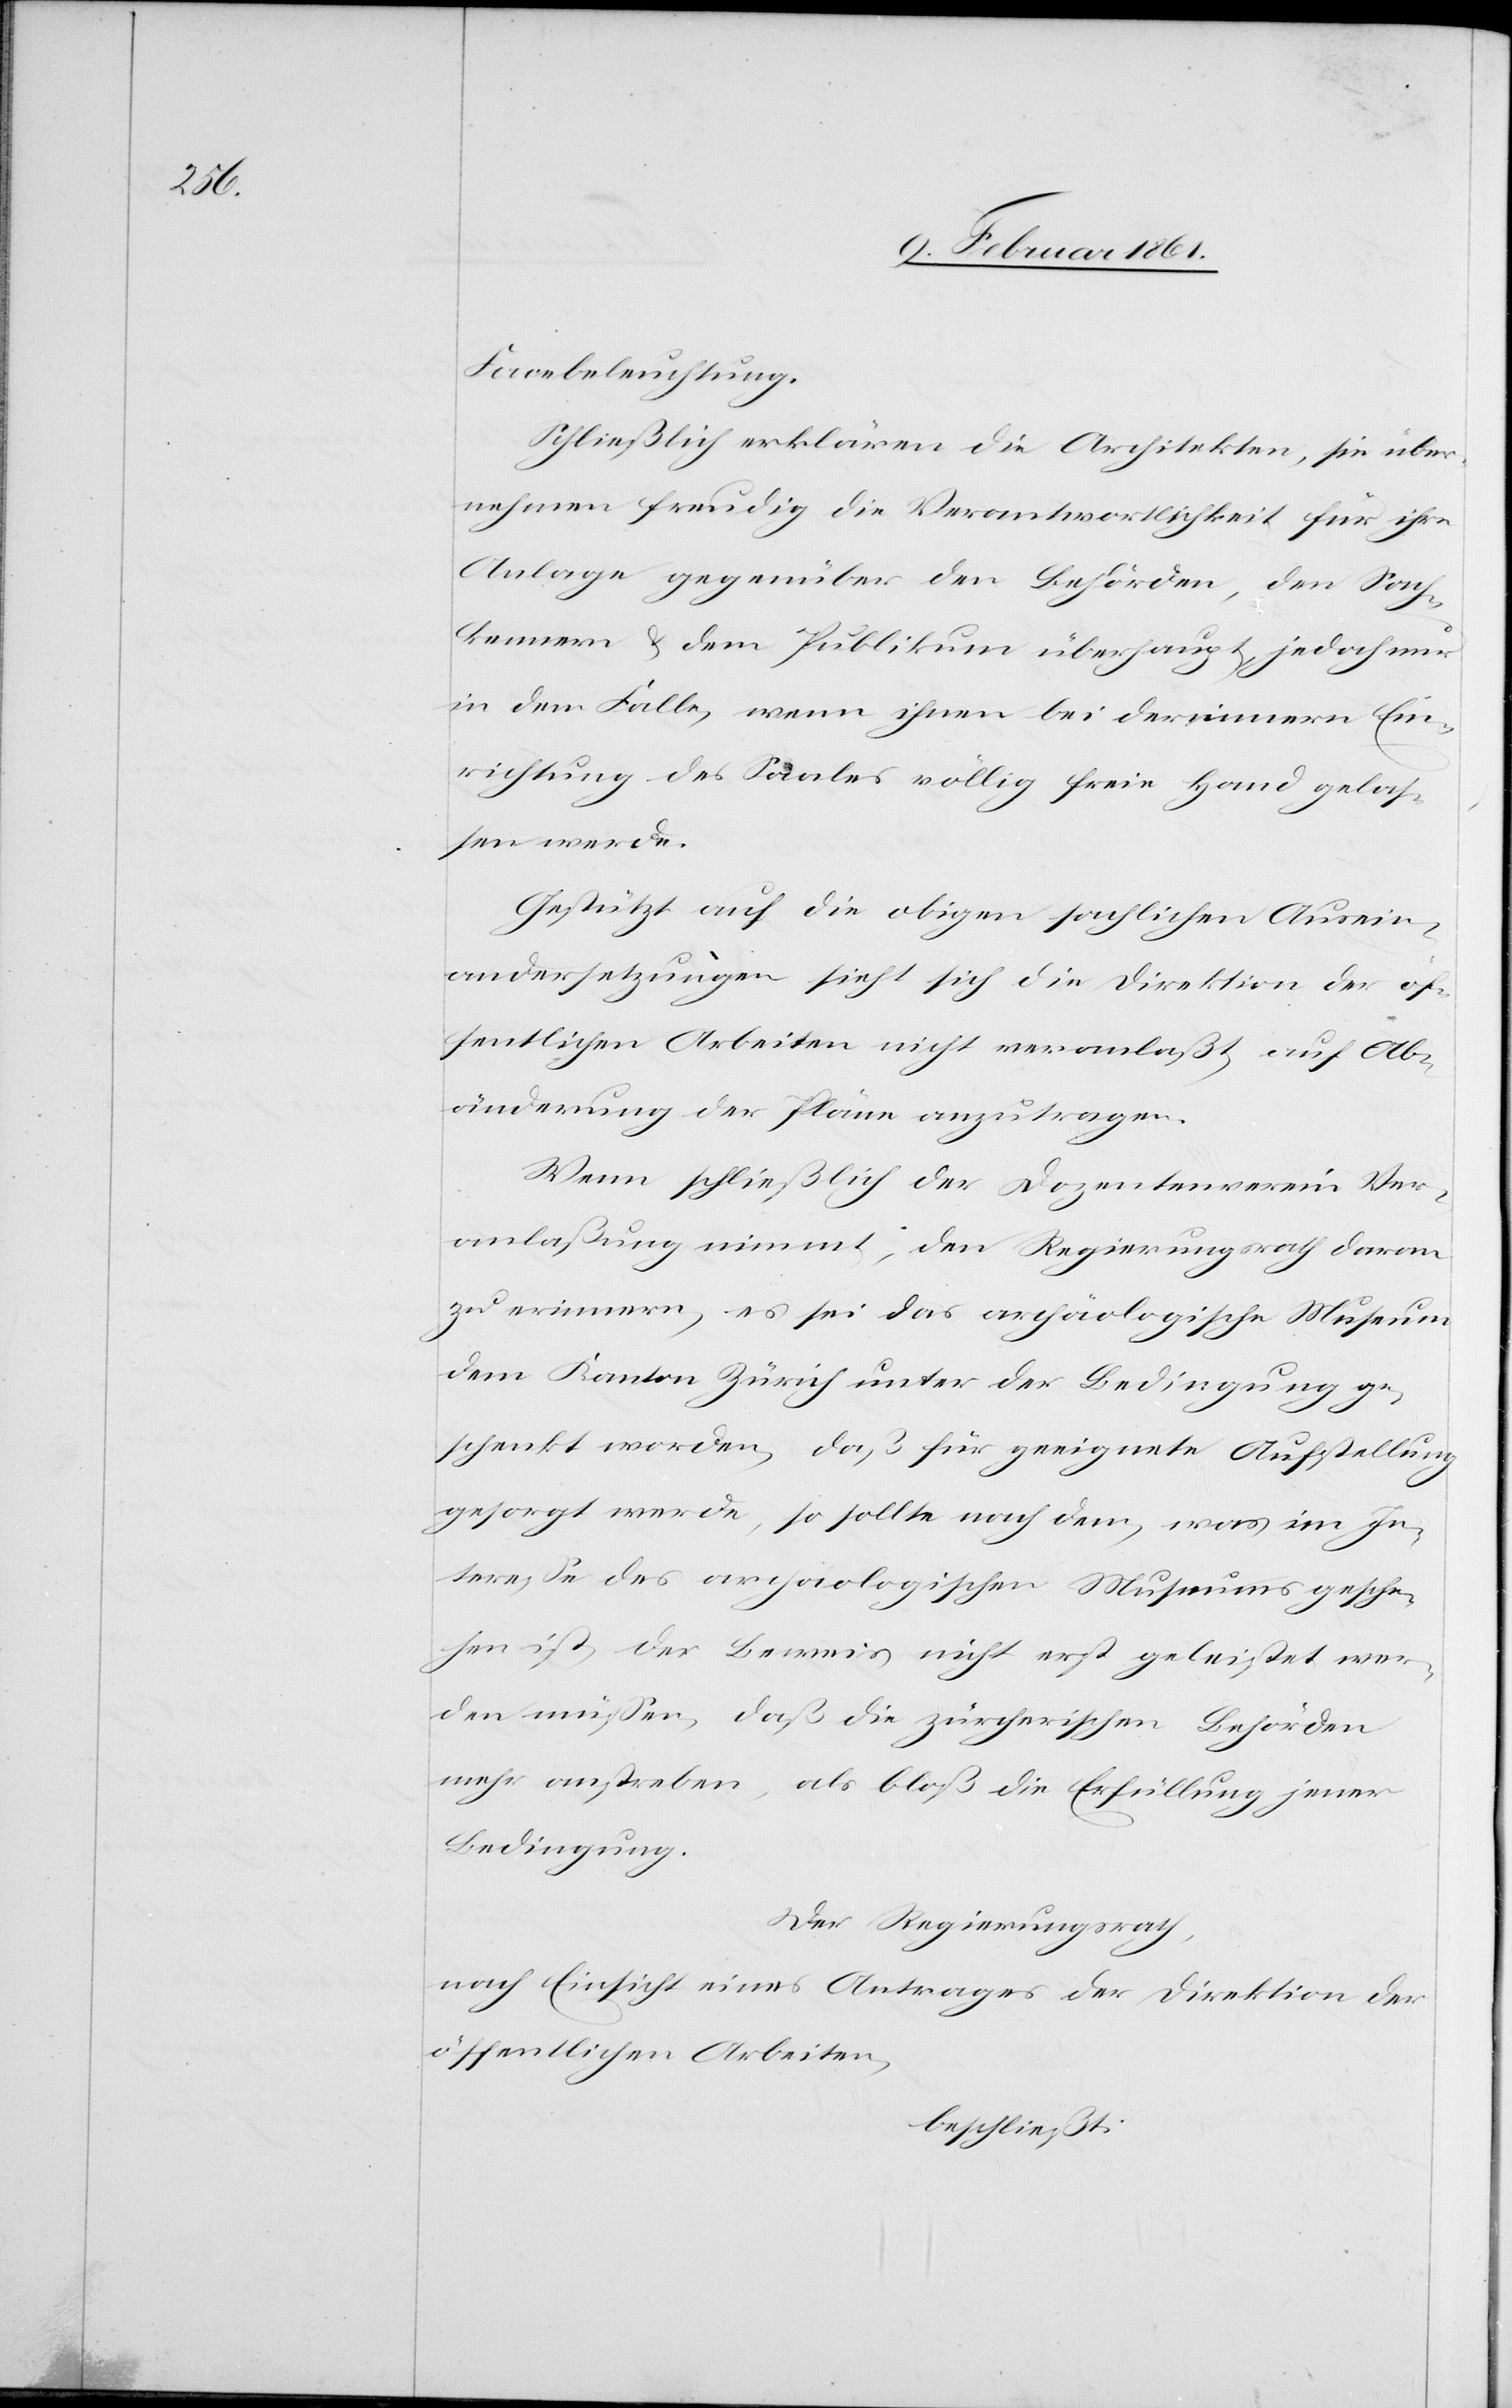
Facebeleuchtung.
Schließlich erklären die Architekten, sie über¬
nehmen freudig die Verantwortlichkeit für ihre
Anlage gegenüber den Behörden, den Sach¬
kennern u. dem Publikum überhaupt, jedoch nur
in dem Falle, wenn ihnen bei der innern Ein¬
richtung des Saales völlig freie Hand gelas¬
sen werde.
Gestützt auf die obigen sachlichen Ausein¬
andersetzungen sieht sich die Direktion der öf¬
fentlichen Arbeiten nicht veranlaßt, auf Ab¬
änderung der Pläne anzutragen.
Wenn schließlich der Dozentenverein Ver¬
anlaßung nimmt, den Regierungsrath daran
zu erinnern, es sei das archäologische Museum
dem Kanton Zürich unter der Bedingung ge¬
schenkt worden, daß für geeignete Aufstellung
gesorgt werde, so sollte nach dem, was im In¬
teresse des archäologischen Museums gesche¬
hen ist, der Beweis nicht erst geleistet wer¬
den müssen, daß die zürcherischen Behörden
mehr anstreben, als bloß die Erfüllung jener
Bedingung.
Der Regierungsrath,
nach Einsicht eines Antrages der Direktion der
öffentlichen Arbeiten,
beschließt: